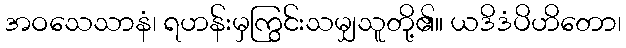
အဝသေသာနံ၊ ရဟန်းမှကြွင်းသမျှသူတို့၏။ ယဒိဒံပိဟိတော၊